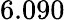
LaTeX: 6.090